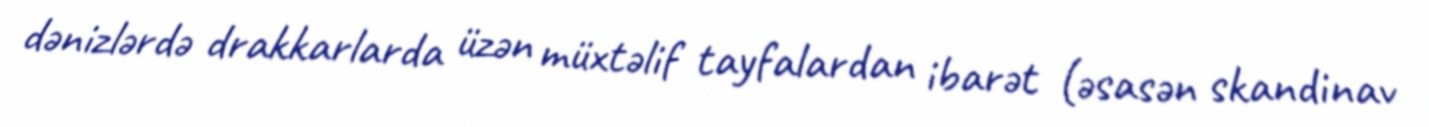
dənizlərdə drakkarlarda üzən müxtəlif tayfalardan ibarət (əsasən skandinav